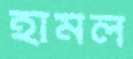
হামল